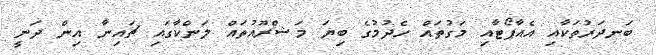
ބަނދަރުތަކާއި އެއާޕޯޓާއި މަގުތައް ހެދުމުގެ ބިޔަ މަޝްރޫއުތައް ލަންކާގައި ޗައިނާ އިން ދަނީ